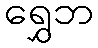
ရွှေဘ